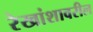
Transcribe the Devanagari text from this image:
रेखांशावरील